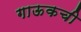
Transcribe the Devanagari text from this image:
गाऊकची